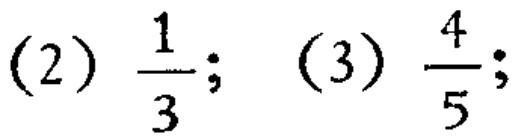
(2) \(\frac{1}{3}\); (3) \(\frac{4}{5}\);